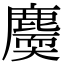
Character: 𪋐